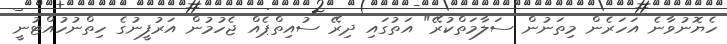
ހެޔޮނުވާނެ އަހަރެން މިތަނުން ސަލާމަތްކުރޭ" އަތުގައި ދިރޭ ސުއިތްޕެއް ޖެހުމުން އަރުފީނުގެ ހިތްނުހުއްޓުނީ